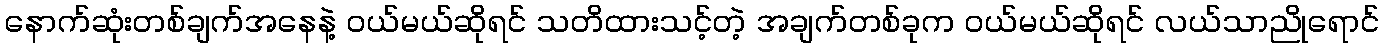
နောက်ဆုံးတစ်ချက်အနေနဲ့ ဝယ်မယ်ဆိုရင် သတိထားသင့်တဲ့ အချက်တစ်ခုက ဝယ်မယ်ဆိုရင် လယ်သာညိုရောင်